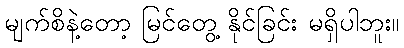
မျက်စိနဲ့တော့ မြင်တွေ့ နိုင်ခြင်း မရှိပါဘူး။